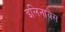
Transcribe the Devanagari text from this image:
इलिनायेस